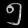
Digit: ၅